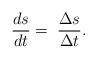
LaTeX: \begin{align*}\frac{ds}{dt}= \; \frac{\Delta s}{\Delta t} .\end{align*}